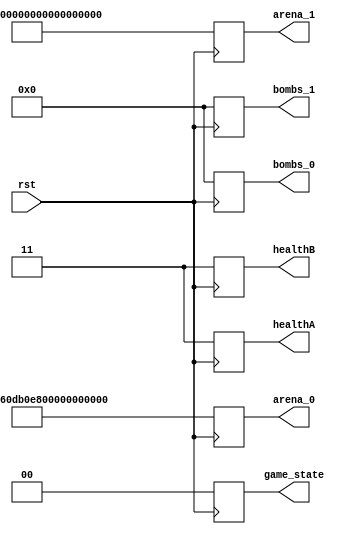
module reset(
	arena_0, arena_1, bombs_0, bombs_1, 
    rst, healthA, healthB, game_state
);

	output reg [99:0] arena_0;
    output reg [99:0] bombs_0;
    output reg [99:0] arena_1;
    output reg [99:0] bombs_1;

    input rst;
    output reg [1:0] healthA, healthB, game_state;
	reg [3:0] i,j;

    always @ (posedge rst)
    begin
        // initialize arena and bombs
        for (i = 0; i < 10; i = i+1) begin
	    	for (j = 0; j < 10; j = j+1) begin
                bombs_0[i*10+j] <= 0;
                bombs_1[i*10+j] <= 0;
                if (i == 0 || i == 9 || j == 0 || j == 9) begin
                    arena_0[i*10+j] <= 1;
                    arena_1[i*10+j] <= 0; // block
                end
                else begin
                    arena_0[i*10+j] <= 0;
                    arena_1[i*10+j] <= 0;  // blank
                end
	    	end
        end

        // initialize players and blcks
        arena_0[11] <= 0; // player A
        arena_0[88] <= 1; // player B
        arena_0[13] <= 1; // blocks
        arena_0[17] <= 1;
        arena_0[24] <= 1;
        arena_0[32] <= 1;
        arena_0[34] <= 1;
        arena_0[38] <= 1;
        arena_0[46] <= 1;
        arena_0[51] <= 1;
        arena_0[56] <= 1;
        arena_0[57] <= 1;
        arena_0[62] <= 1;
        arena_0[63] <= 1;
        arena_0[76] <= 1;
        arena_0[84] <= 1;
        
        arena_1[11] <= 1; // player A
        arena_1[88] <= 1; // player B
        arena_1[13] <= 0; // blocks
        arena_1[17] <= 0;
        arena_1[24] <= 0;
        arena_1[32] <= 0;
        arena_1[34] <= 0;
        arena_1[38] <= 0;
        arena_1[46] <= 0;
        arena_1[51] <= 0;
        arena_1[56] <= 0;
        arena_1[57] <= 0;
        arena_1[62] <= 0;
        arena_1[63] <= 0;
        arena_1[76] <= 0;
        arena_1[84] <= 0;

        healthA <= 3;
        healthB <= 3;
        game_state <= 0;
    end  

endmodule